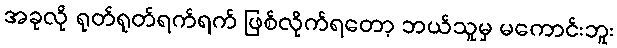
အခုလို ရုတ်ရုတ်ရက်ရက် ဖြစ်လိုက်ရတော့ ဘယ်သူမှ မကောင်းဘူး